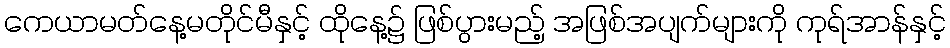
ကေယာမတ်နေ့မတိုင်မီနှင့် ထိုနေ့၌ ဖြစ်ပွားမည့် အဖြစ်အပျက်များကို ကုရ်အာန်နှင့်